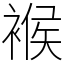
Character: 䙈